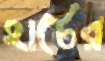
হার্টের